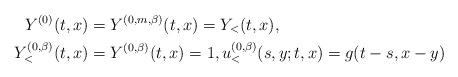
LaTeX: \begin{align*}Y^{(0)}(t,x)&=Y^{(0,m,\beta)}(t,x)=Y_<(t,x),\\ Y^{(0,\beta)}_<(t,x)&=Y^{(0,\beta)}(t,x)=1,u^{(0,\beta)}_<(s,y;t,x)=g(t-s,x-y)\end{align*}